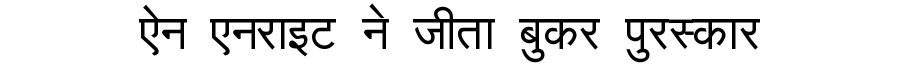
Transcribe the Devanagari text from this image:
ऐन एनराइट ने जीता बुकर पुरस्कार